system: You are a helpful assistant.
user:
Analyze the provided spectrum to determine if it is a **Carbon Star (C-type)**.

- **Key Visual Indicators of Carbon Star:**
    - **(Primary):** Strong molecular absorption from **C₂ (diatomic carbon) "Swan Bands."** This is the **defining feature** of a carbon star.
        - **(Key Bandheads):** Sharp absorption edges are visible at approximately $5635$ Å, $5165$ Å (the strongest band), and $4737$ Å.
        - **(Line Profile):** Creates a distinct **"saw-tooth"** pattern. The key morphology is a sharp, steep bandhead on the **red (long-wavelength) side**, which then gradually tapers off (i.e., flux recovers) towards the **blue (short-wavelength) side**. *(This is the direct opposite of the TiO bands seen in M-type stars)*.

    - **(Secondary):** Intense **CN (cyanogen)** molecular absorption bands.
        - **(Key Bandheads):** Located in the blue and violet regions of the spectrum (e.g., near $4215$ Å and $3883$ Å).
        - **(Morphology):** These bands are extremely broad and act as a "blanket," absorbing the vast majority of blue and violet light. This creates a characteristic **"cliff"** or **"steep drop-off"** in the spectrum's flux at short wavelengths.

    - **(Key Confirmation):** Strong **CH absorption band (G-band)**.
        - **(Key Bandhead):** Located around $4300$ Å. The contribution from CH molecules to this band is exceptionally strong.

    - **(Overall Spectrum):**
        - The continuum is severely "chopped up" by these deep molecular bands, especially C₂, rather than appearing as a smooth curve.
        - Due to the heavy CN and C₂ absorption in the blue-green, the vast majority of the star's flux is concentrated in the red part of the spectrum, giving the star its characteristic deep red color.

Think first, call **spectral_visualization_tool** if needed to examine features in detail, then provide your final answer. Your response must adhere to the following strict rules:
1.  **Overall Structure:** Your response must follow the format `<think>...</think> <tool_call>...</tool_call> (if a tool is used) <answer>...</answer>`.
2.  **Tool Usage Constraint:** You may only make **one** tool call per turn.
3.  **Final Answer Format:** In the `<answer>` tag, your conclusion must be inside a `\boxed{}` command (e.g., `\boxed{YES}`), followed by your justification.

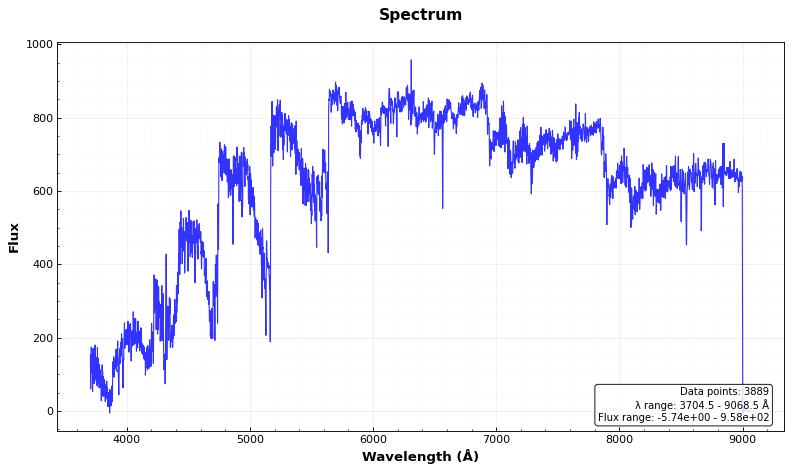
Answer: YES